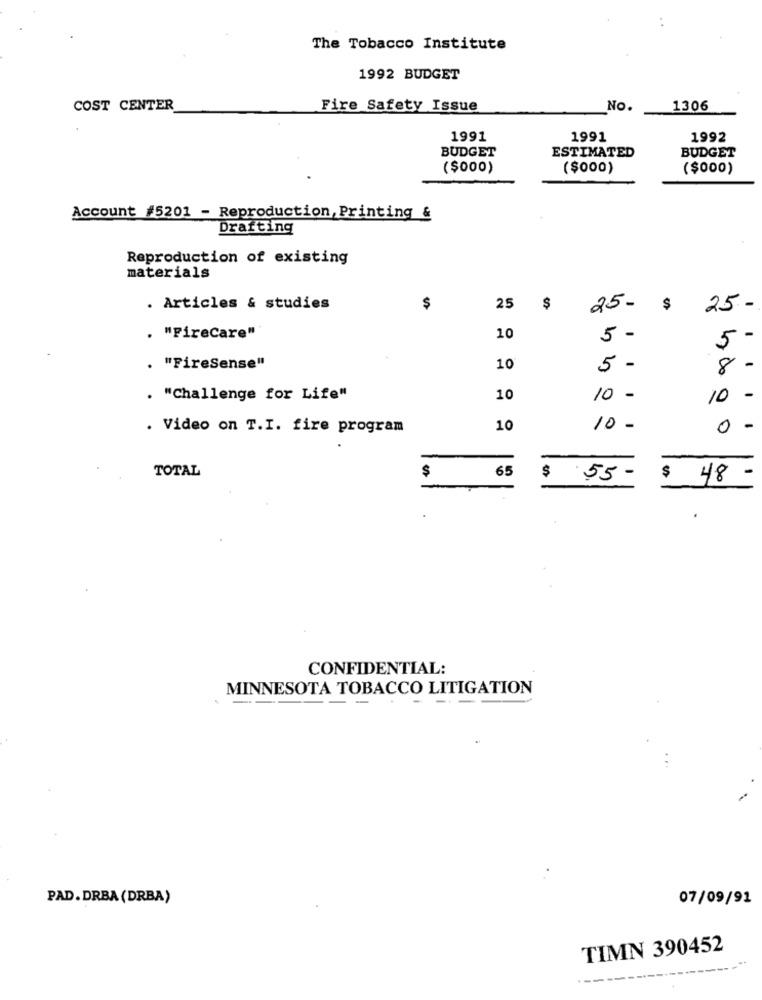
The Tobacco Institute
1992 BUDGET
COST CENTER
Fire Safety Issue
No.
1306
1991
1991
1992
ESTIMATED
BUDGET
BUDGET
($000)
($000)
($000)
Account #5201 - Reproduction, Printing &
Drafting
Reproduction of existing
materials
. Articles & studies
$
25
$
25-
$
25-
. "Firecare"
10
5 -
5-
. "FireSense"
10
5
8 -
. "Challenge for Life"
10
10 -
10 -
. Video on T.I. fire program
10
10 -
0 -
TOTAL
$
65
$ 55 -
$ 48
-
CONFIDENTIAL:
MINNESOTA TOBACCO LITIGATION
--
PAD. DRBA (DRBA)
07/09/91
TIMN 390452